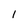
Character: 1